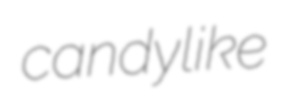
candylike